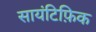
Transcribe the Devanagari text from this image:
सायंटिफ़िक